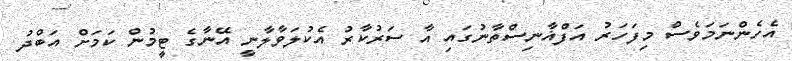
އެހެންނަމަވެސް މިފަހަރު އަފްޣާނިސްތާނުގައި އާ ސަރުކާރު އެކުލަވާލާނީ އޭނާގެ ޓީމުން ކަމަށް އަބްދު